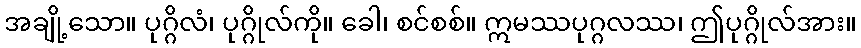
အချို့သော။ ပုဂ္ဂိလံ၊ ပုဂ္ဂိုလ်ကို။ ခေါ၊ စင်စစ်။ ဣမဿပုဂ္ဂလဿ၊ ဤပုဂ္ဂိုလ်အား။